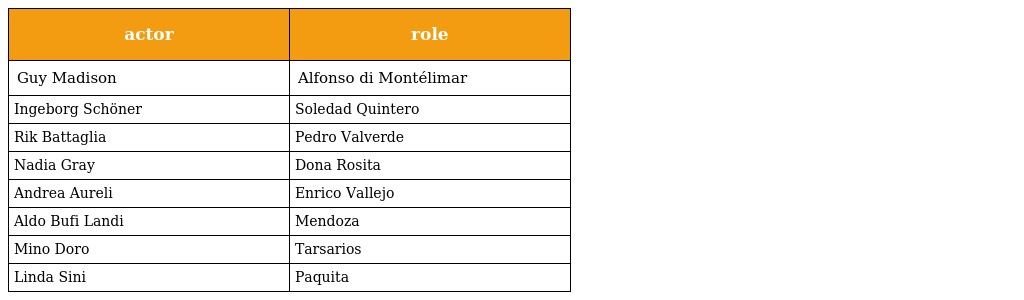
| actor | role |
 | --- | --- |
 | Guy Madison | Alfonso di Montélimar |
 | Ingeborg Schöner | Soledad Quintero |
 | Rik Battaglia | Pedro Valverde |
 | Nadia Gray | Dona Rosita |
 | Andrea Aureli | Enrico Vallejo |
 | Aldo Bufi Landi | Mendoza |
 | Mino Doro | Tarsarios |
 | Linda Sini | Paquita |